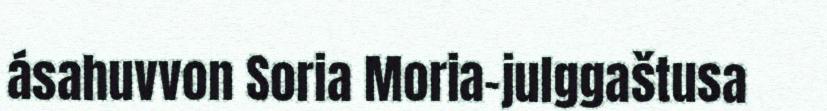
ásahuvvon Soria Moria-julggaštusa